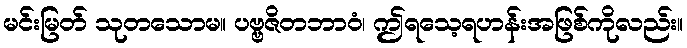
မင်းမြတ် သုတသောမ။ ပဗ္ဗဇိတဘာဝံ၊ ဤရသေ့ရဟန်းအဖြစ်ကိုလည်း။